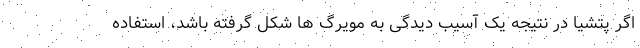
اگر پتشیا در نتیجه یک آسیب دیدگی به مویرگ ها شکل گرفته باشد، استفاده